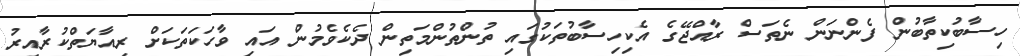
ހިސާބުކިތާބުން ފެންނަން ނެތަސް ރާއްޖޭގެ އެކިހިސާބުތަކުގައި ތުންތުންމަތިން ދެކެވެމުން އައި ވާހަކަތަކަށް ރިއާޔަތްކުރާއިރު